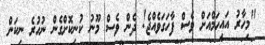
"މިހާރު އައިހަމްއަށް ވެސް ފާހަގަވެއްޖެ! ދެން ވެސް މޫނު ކުނިކޮށްގެން ނުހުރެ ނިކަން